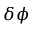
\delta \phi